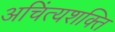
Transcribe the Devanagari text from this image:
अचिंत्यशक्ति